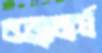
বজ্রাচার্য